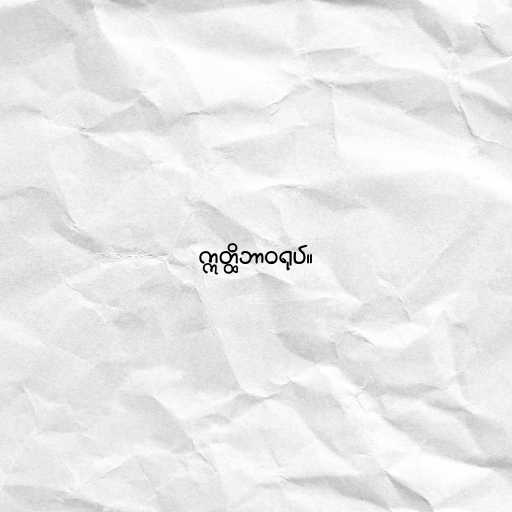
ဣတ္ထိဘာဝရုပ်။